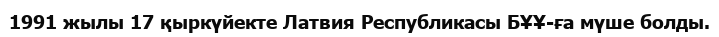
1991 жылы 17 қыркүйекте Латвия Республикасы БҰҰ-ға мүше болды.